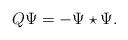
LaTeX: \begin{align*}Q \Psi = -\Psi \star \Psi.\end{align*}